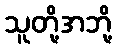
သူတို့အဘို့